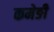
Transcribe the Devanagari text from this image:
कमेङी